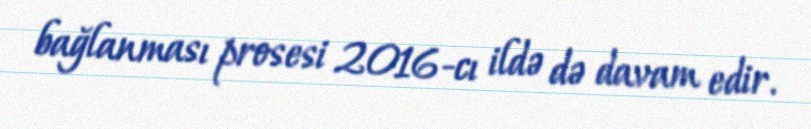
bağlanması prosesi 2016-cı ildə də davam edir.